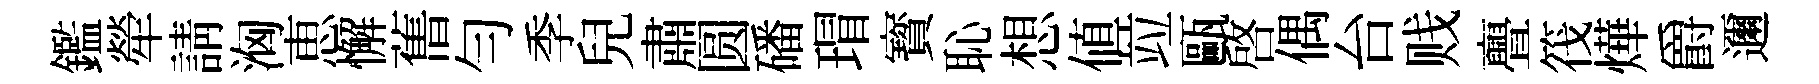
鑑犖請洶恵懈𦾔勻季兒肅圆磻瑁寳恥想値竝甌啟偶台贱亹筏燁爵邇